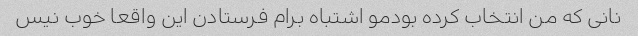
نانی که من انتخاب کرده بودمو اشتباه برام فرستادن این واقعا خوب نیس